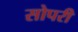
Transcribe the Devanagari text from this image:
सोपरी